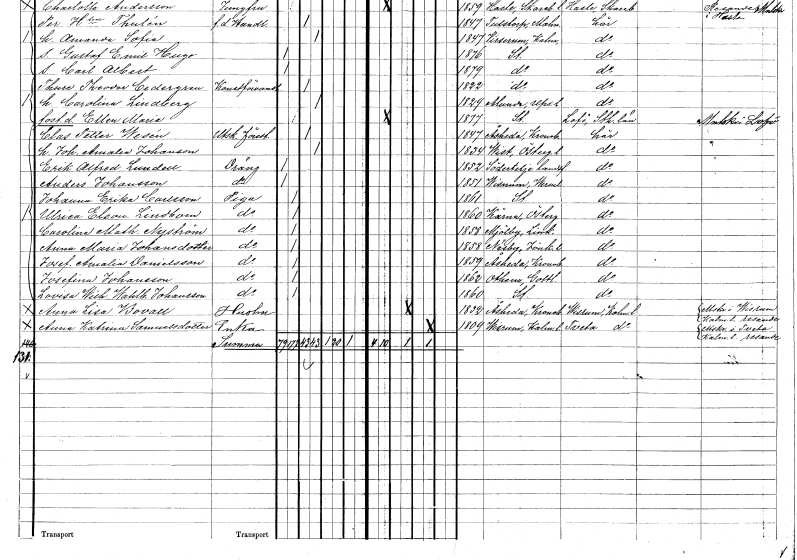
gt_parse: households: individuals: FN: Johanna Erika
EN: Carlsson
YRKE: Piga
KON: K
CIV: O
FODAR: 1861
FODFORS: Stockholm
FN: Ulrica Eleonora
EN: Lindbom
YRKE: Piga
KON: K
CIV: O
FODAR: 1860
FODFORS: Kärna Östergötlands län
FN: Carolina Mathilda
EN: Nyström
YRKE: Piga
KON: K
CIV: O
FODAR: 1858
FODFORS: Mjölby Östergötlands län
FN: Anna Maria
EN: Johansdotter
YRKE: Piga
KON: K
CIV: O
FODAR: 1858
FODFORS: Näsby Jönköpings län
FN: Josefina Amalia
EN: Danielsson
YRKE: Piga
KON: K
CIV: O
FODAR: 1859
FODFORS: Åseda Kronobergs län
FN: Josefina
EN: Johansson
YRKE: Piga
KON: K
CIV: O
FODAR: 1862
FODFORS: Othem Gotlands län
FN: Lovisa Wilhelmina Wahlborg
EN: Johansson
YRKE: Piga
KON: K
CIV: O
FODAR: 1860
FODFORS: Stockholm
FN: Anna Lisa
EN: Bovall
YRKE: Hustru
KON: K
CIV: G
FODAR: 1832
FODFORS: Åseda Kronobergs län
FN: Anna Katrina
EN: Samuelsdotter
YRKE: Änka
KON: K
CIV: E
FODAR: 1809
FODFORS: Virserum Kalmar län